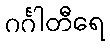
ဂင်္ဂါတီရေ